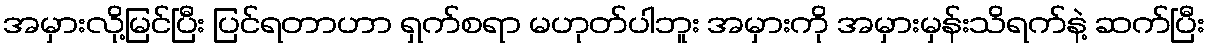
အမှားလို့မြင်ပြီး ပြင်ရတာဟာ ရှက်စရာ မဟုတ်ပါဘူး အမှားကို အမှားမှန်းသိရက်နဲ့ ဆက်ပြီး